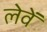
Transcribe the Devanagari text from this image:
लेवें